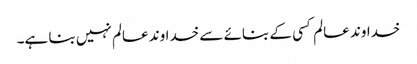
خداوند عالم کسی کے بنائے سے خداوند عالم نہیں بنا ہے۔